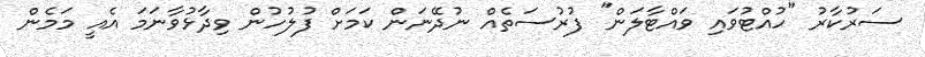
ސަރުކާރު "ހުއްޓުވައި ވައްޓާލަން" ފުރުސަތެއް ނުދޭނަން ކަމަށް ފުލުހުން ވިދާޅުވާނަމަ އެއީ މަމެން